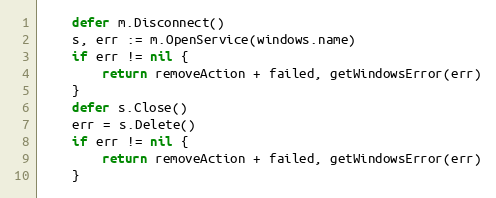
Language: Go
	defer m.Disconnect()
	s, err := m.OpenService(windows.name)
	if err != nil {
		return removeAction + failed, getWindowsError(err)
	}
	defer s.Close()
	err = s.Delete()
	if err != nil {
		return removeAction + failed, getWindowsError(err)
	}